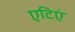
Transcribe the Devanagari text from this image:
एटिएं